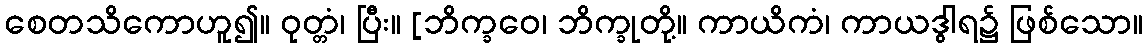
စေတသိကောဟူ၍။ ဝုတ္တံ၊ ပြီး။ [ဘိက္ခဝေ၊ ဘိက္ခုတို့။ ကာယိကံ၊ ကာယဒွါရ၌ ဖြစ်သော။